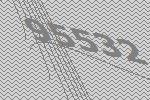
95532